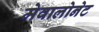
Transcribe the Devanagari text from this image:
मेवालोनेट